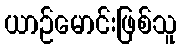
ယာဉ်မောင်းဖြစ်သူ